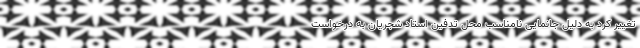
تغییر کرد به دلیل جانمایی نامناسب محل تدفین استاد شجریان به درخواست